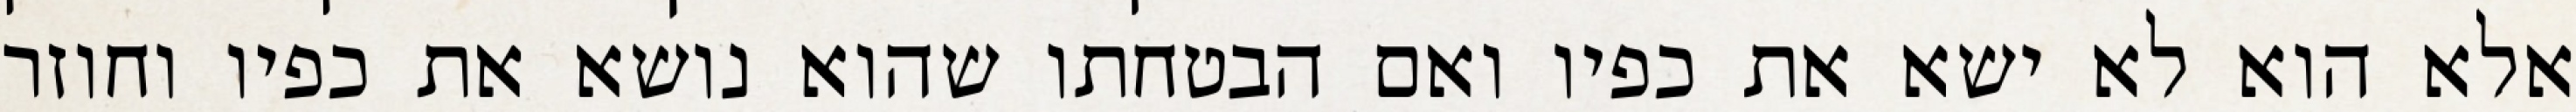
אלא הוא לא ישא את כפיו ואם הבטחתו שהוא נושא את כפיו וחוזר